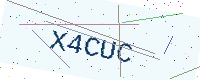
Text: X4CUC